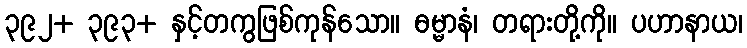
၃၉၂+ ၃၉၃+ နှင့်တကွဖြစ်ကုန်သော။ ဓမ္မာနံ၊ တရားတို့ကို။ ပဟာနာယ၊